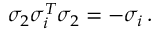
\sigma _ { 2 } \sigma _ { i } ^ { T } \sigma _ { 2 } = - \sigma _ { i } \, .